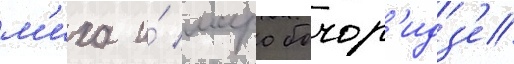
м'иха и́ маро бочор'идз'е